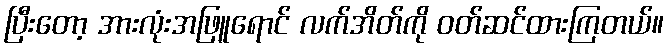
ပြီးတော့ အားလုံးအဖြူရောင် လက်အိတ်ကို ဝတ်ဆင်ထားကြတယ်။